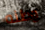
وطنه